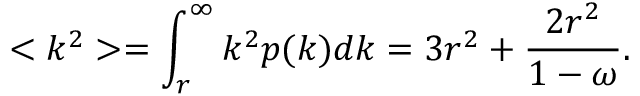
< k ^ { 2 } > = \int _ { r } ^ { \infty } k ^ { 2 } p ( k ) d k = 3 r ^ { 2 } + \frac { 2 r ^ { 2 } } { 1 - \omega } .